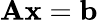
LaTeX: \textrm{\textbf{A}}\textrm{\textbf{x}}=\textrm{\textbf{b}}